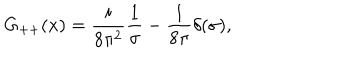
LaTeX: G _ { + + } ( x ) = { \frac { i } { 8 \pi ^ { 2 } } } { \frac { 1 } { \sigma } } - { \frac { 1 } { 8 \pi } } \delta ( \sigma ) , \nonumber